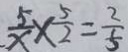
\frac { 5 } { x } \times \frac { 5 } { 2 } = \frac { 2 } { 5 }